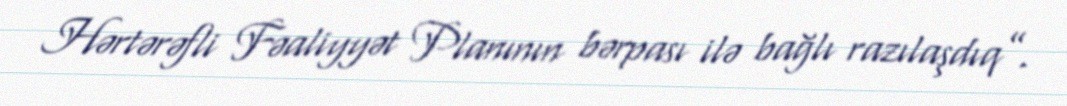
Hərtərəfli Fəaliyyət Planının bərpası ilə bağlı razılaşdıq”.